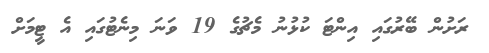
ރަށުން ބޭރުގައި އިންޓަ ކުޅުނު މެޗުގެ 19 ވަނަ މިނެޓުގައި އެ ޓީމަށް